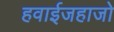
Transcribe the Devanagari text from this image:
हवाईजहाजो